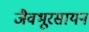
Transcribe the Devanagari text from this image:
जैवभूरसायन